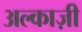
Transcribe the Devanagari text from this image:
अल्काज़ी